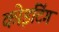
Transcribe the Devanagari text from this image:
कोइटिंग